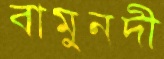
বামুনদী